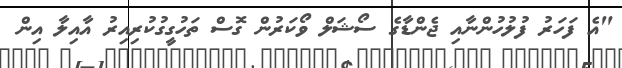
"އެ ފަހަރު ފުލުހުންނާއި ޖެންޑާގެ ސޯޝަލް ވޯކަރުން ގޮސް ތަހުގީގުކުރިއިރު އާއިލާ އިން